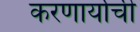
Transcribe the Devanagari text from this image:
करणार्याची